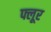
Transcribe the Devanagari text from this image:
फ्लूर